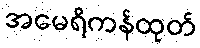
အမေရိကန်ထုတ်